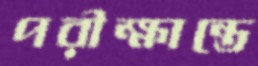
পরীক্ষান্তে